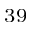
^ { 3 9 }